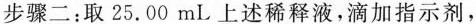
步骤二：取25.00mL。上述稀释液，滴加指示剂，